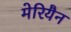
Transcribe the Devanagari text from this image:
मेरियैन